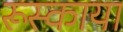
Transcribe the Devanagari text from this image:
रूस्काया